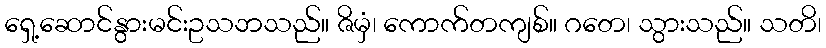
ရှေ့ဆောင်နွားမင်းဥသဘသည်။ ဇိမှံ၊ ကောက်တကျစ်။ ဂတေ၊ သွားသည်။ သတိ၊